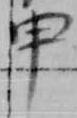
申